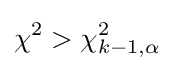
\chi ^{2}>\chi _{k-1,\alpha }^{2}